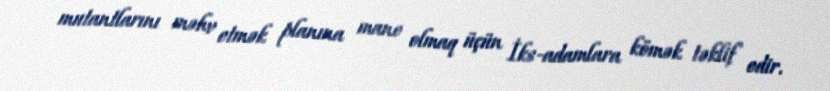
mutantlarını məhv etmək planına mane olmaq üçün İks-adamlara kömək təklif edir.